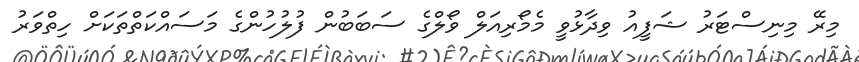
މިރޭ މިނިސްޓަރު ޝަފީއު ވިދާޅުވީ މެމޯރިއަލް ވޯލްގެ ސަބަބުން ފުލުހުންގެ މަސައްކަތްތަކަށް ހިތްވަރު